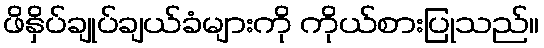
ဖိနှိပ်ချုပ်ချယ်ခံများကို ကိုယ်စားပြုသည်။